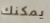
يمكنك